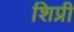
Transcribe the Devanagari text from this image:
शिप्री